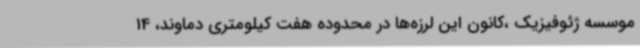
موسسه ژئوفیزیک ،کانون این لرزه‌ها در محدوده هفت کیلومتری دماوند، 14